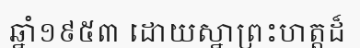
ឆ្នាំ១៩៥៣ ដោយស្នាព្រះហត្តដ៏